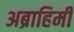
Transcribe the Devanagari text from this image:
अब्राहिमी